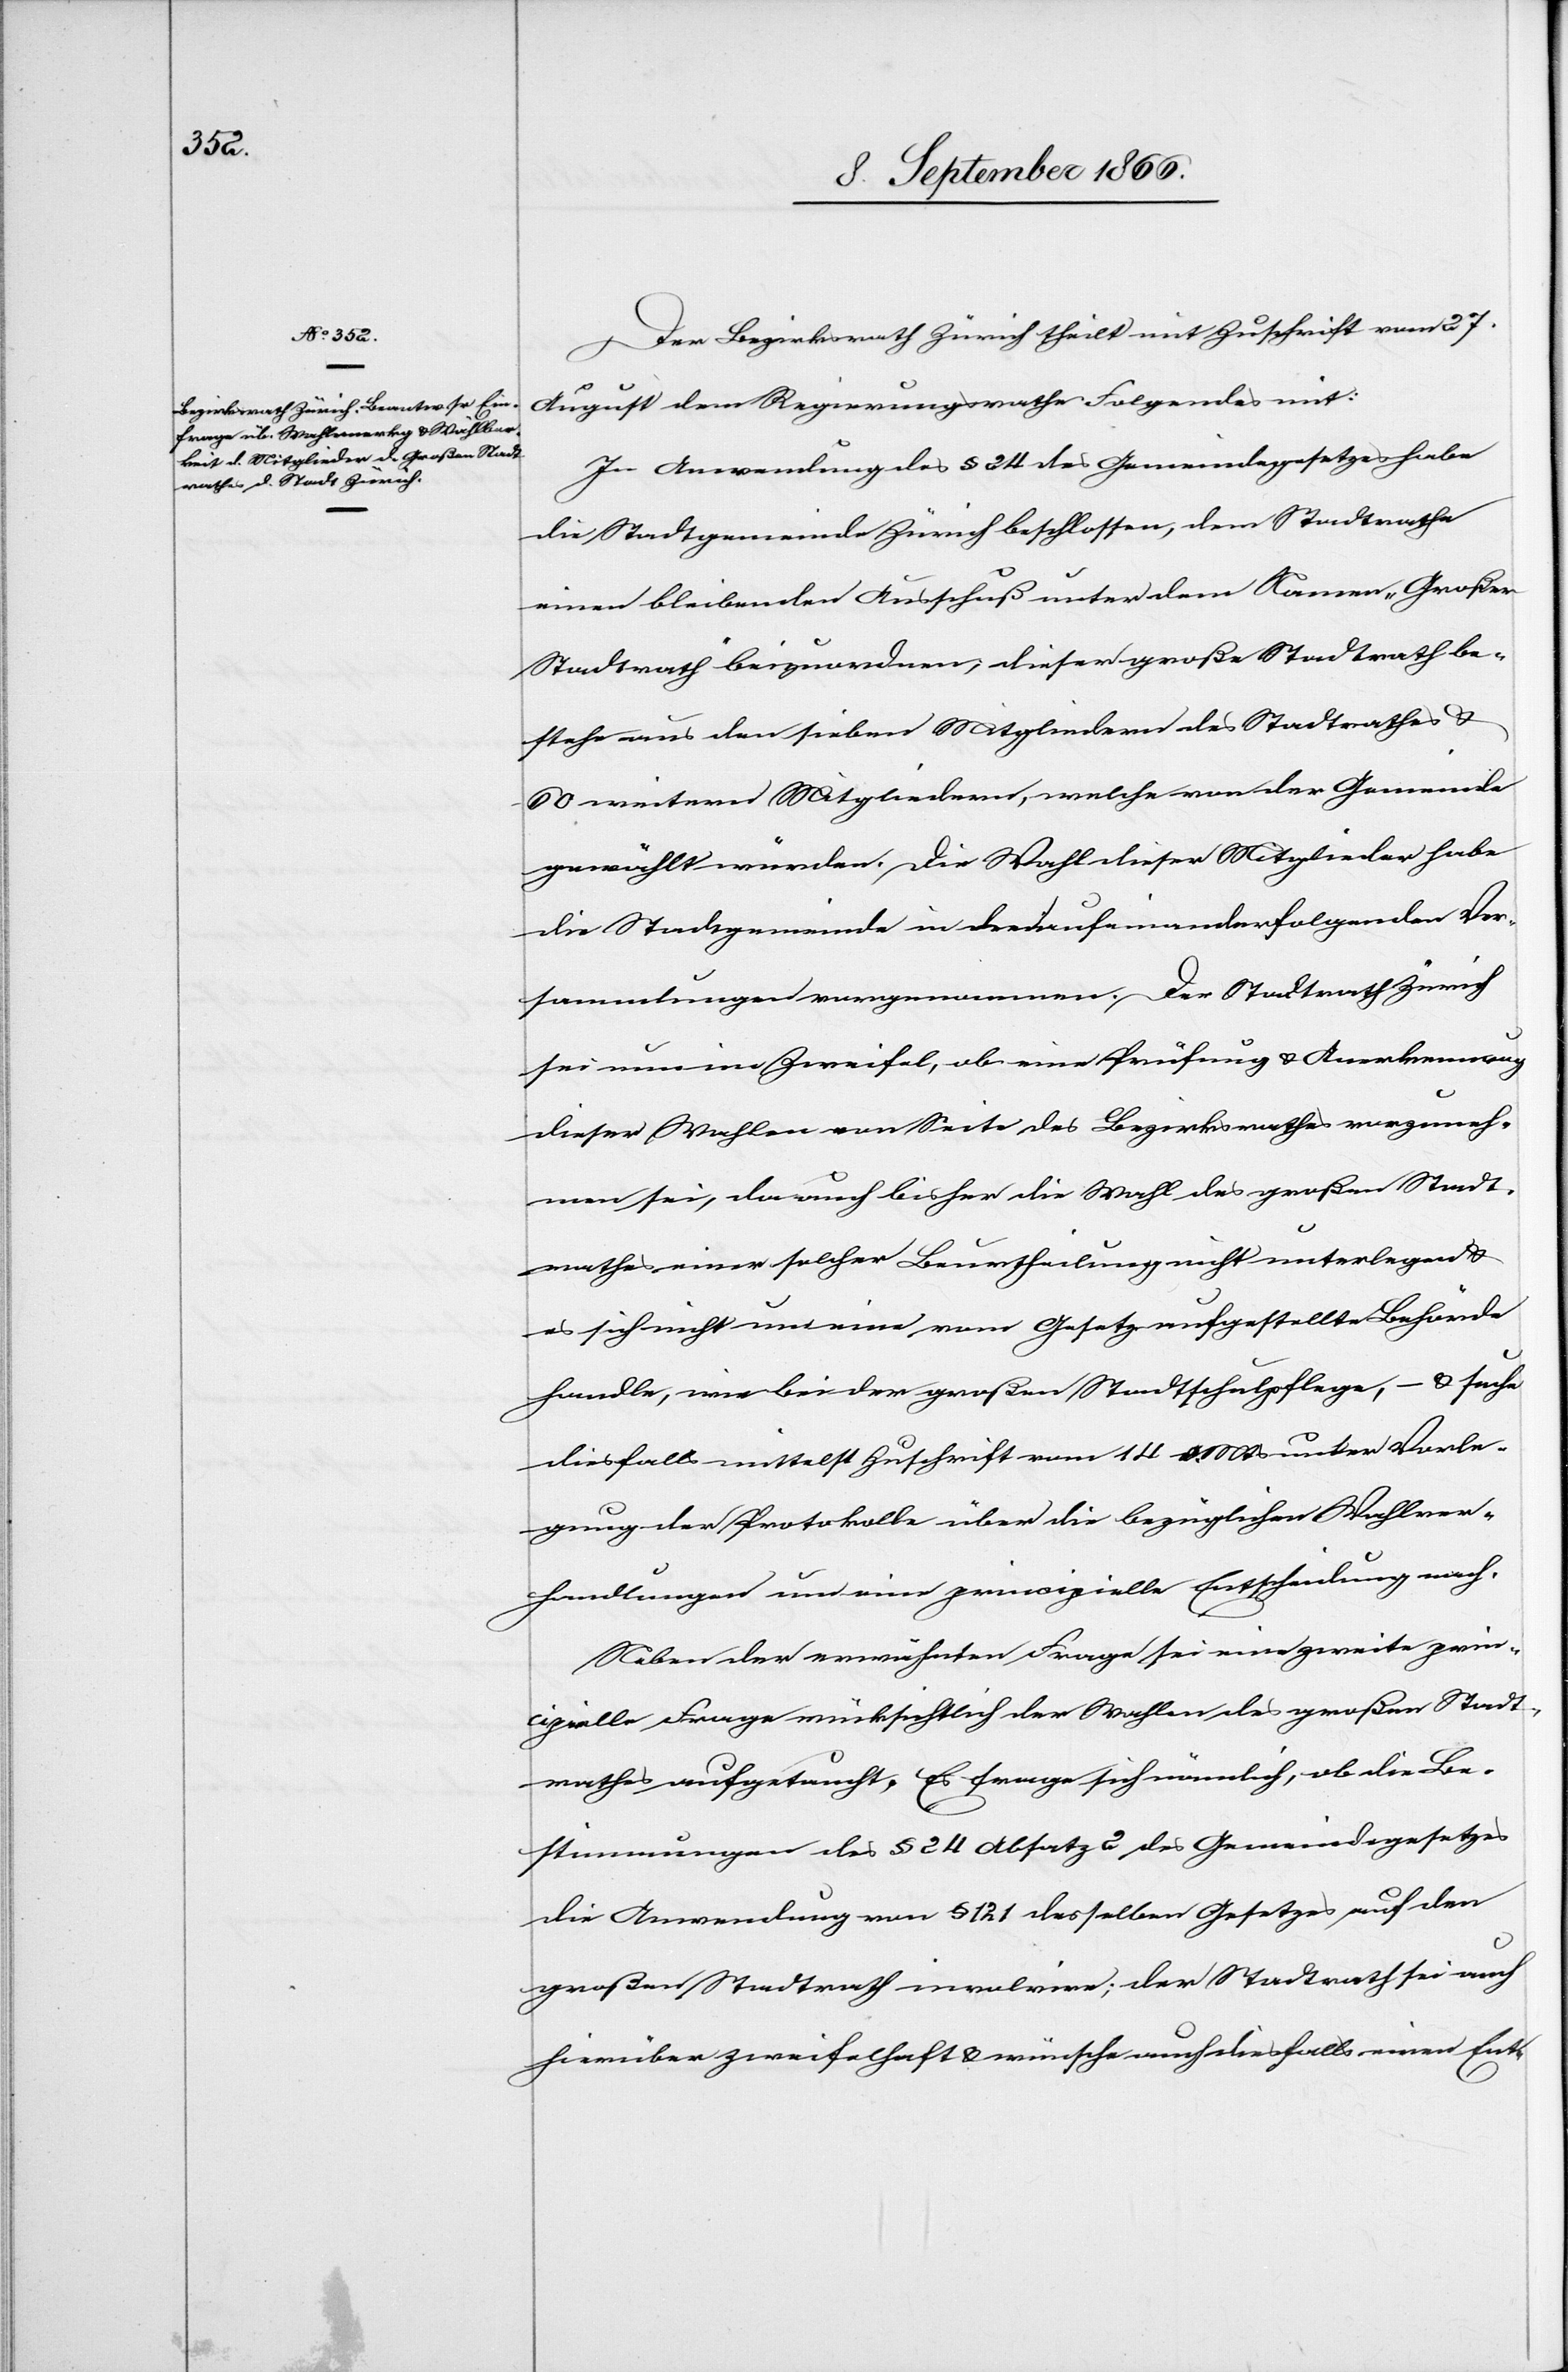
Der Bezirksrath Zürich theilt mit Zuschrift vom 27.
August dem Regierungsrathe Folgendes mit:
In Anwendung des § 24 des Gemeindegesetzes habe
die Stadtgemeinde Zürich beschlossen, dem Stadtrathe
einen bleibenden Ausschuß unter dem Namen „Großer
Stadtrath“ beizuordnen; dieser große Stadtrath be¬
stehe aus den sieben Mitgliedern des Stadtrathes u.
60 weitern Mitgliedern, welche von der Gemeinde
gewählt würden. Die Wahlen dieser Mitglieder habe
die Stadtgemeinde in den aufeinanderfolgenden Ver¬
sammlungen vorgenommen. Der Stadtrath Zürich
sei nun im Zweifel, ob eine Prüfung u. Anerkennung
dieser Wahlen von Seite des Bezirksrathes vorzuneh¬
men sei, da auch bisher die Wahl des großen Stadt¬
rathes einer solchen Beurtheilung nicht unterlegen u.
es sich nicht um eine vom Gesetze aufgestellte Behörde
handle, wie bei der großen Stadtschulpflege, – u. suche
diesfalls mittelst Zuschrift vom 14. dMts unter Vorle¬
gung der Protokolle über die bezüglichen Wahlver¬
handlungen um eine principielle Entscheidung nach.
Neben der erwähnten Frage sei eine zweite princi¬
pielle Frage rücksichtlich der Wahlen des großen Stadt¬
rathes aufgetaucht. Es frage sich nämlich, ob die Be¬
stimmungen des § 24 Absatz 2 des Gemeindegesetzes
die Anwendung von § 121 desselben Gesetzes auf den
großen Stadtrath involvire; der Stadtrath sei auch
hierüber zweifelhaft u. wünsche auch diesfalls einen Ent-